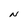
Character: N